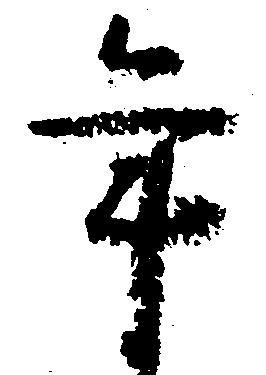
年